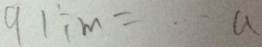
9 1 \div m = \cdot a